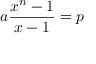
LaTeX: a { \frac { x ^ { n } - 1 } { x - 1 } } = p